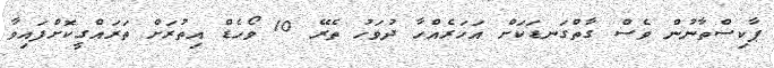
ޕާކިސްތާނުން ވެސް ގާތްގަނޑަކަށް އަހަރެއްހާ ދުވަހު ތެރޭ 10 ވޯހެޑް އިތުރަށް ތަރައްގީކޮށްފައިވާ